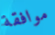
موافقة